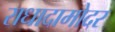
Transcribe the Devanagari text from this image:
राधादामोदर